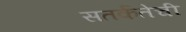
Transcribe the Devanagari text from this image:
सतर्कतेची